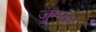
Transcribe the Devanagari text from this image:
जुम्मन